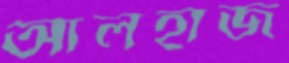
আলহাজ